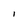
Character: I